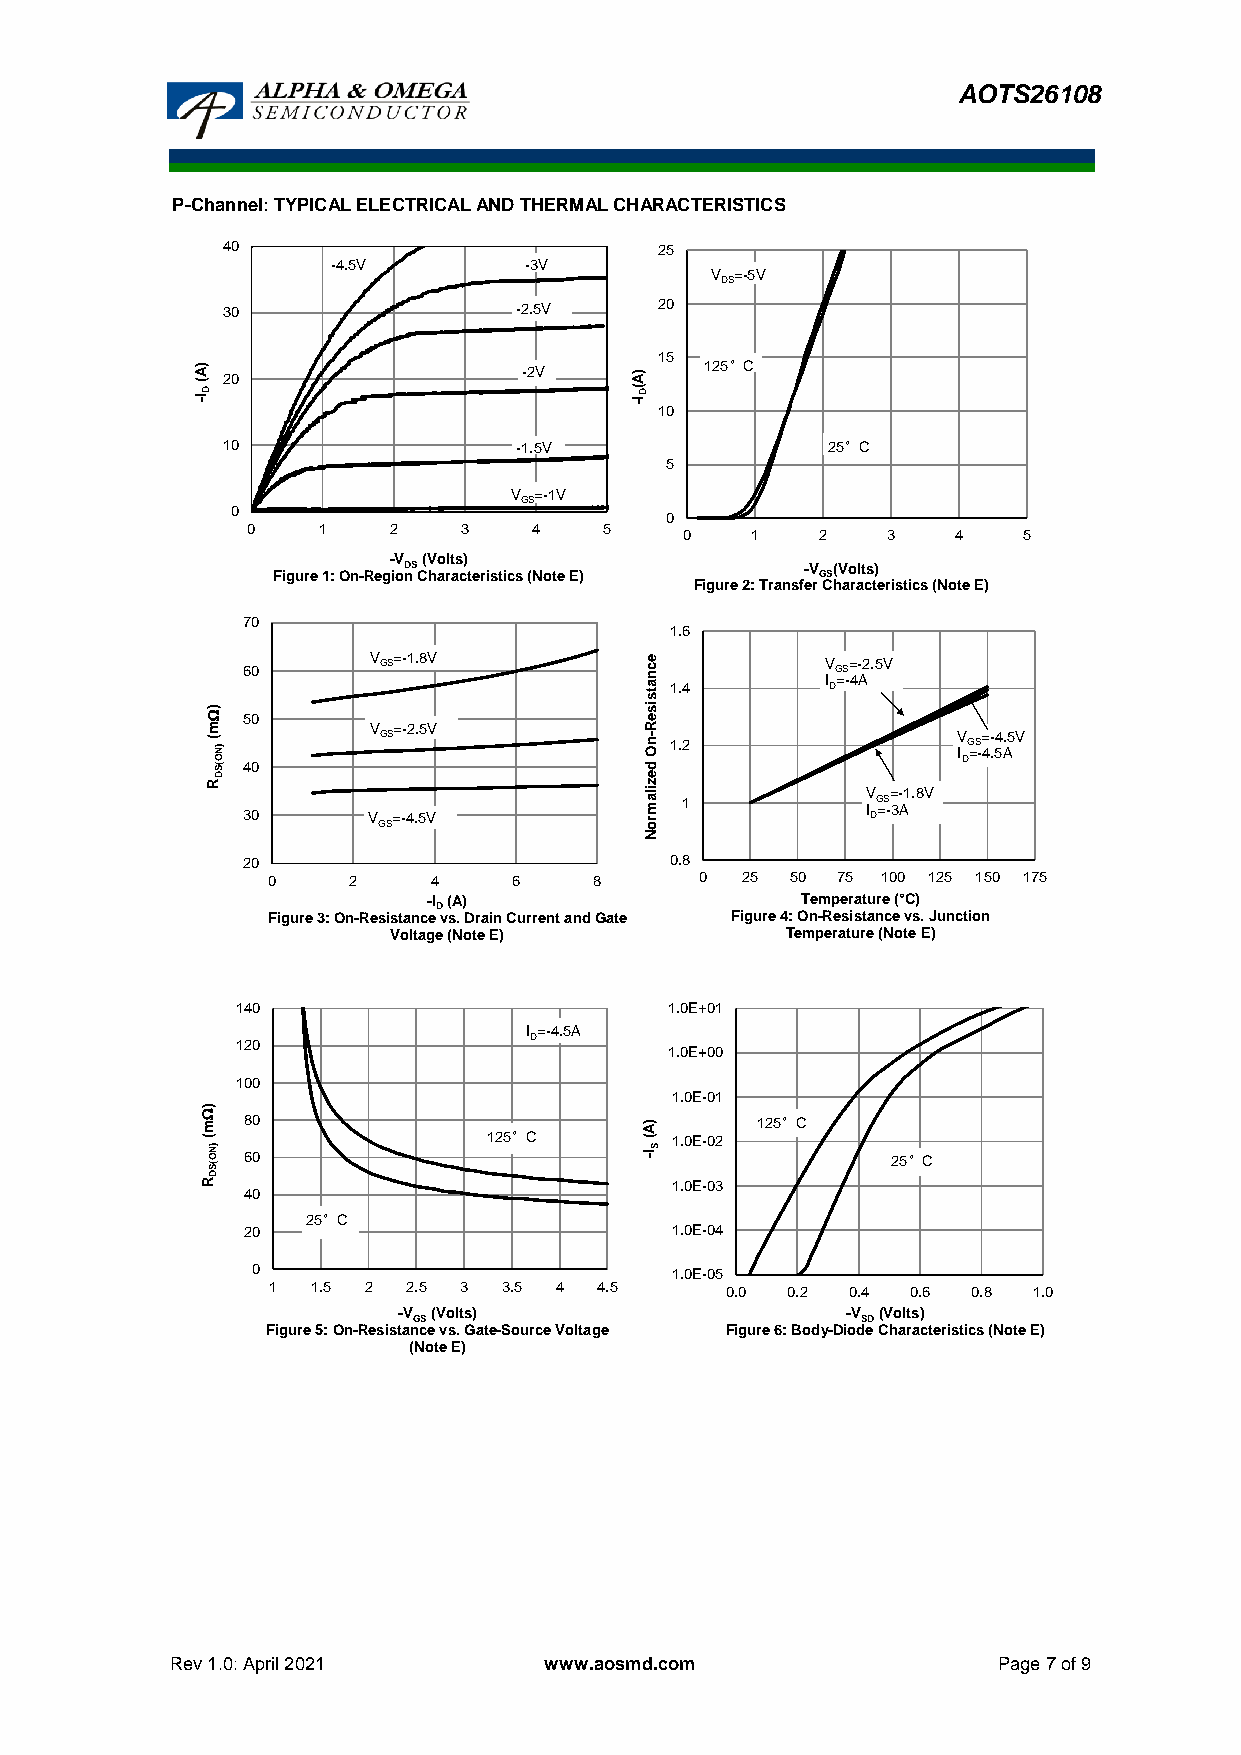
AOTS26108
 P-Channel: TYPICAL ELECTRICAL AND THERMAL CHARACTERISTICS
 40                           25
 -4.5V        -3V
 V =-5V
 DS
 30                 -2.5V     20
 15
 )A -(
 I D
 20                  -2V    )A
 -( I D
 10
 125°C
 10                 -1.5V                25°C
 5
 V =-1V
 GS
 0
 0
 0    1    2    3   4    5
 0    1   2    3   4    5
 -V (Volts)
 DS                        -V (Volts)
 Figure 1: On-Region Characteristics (Note E) GS
 Figure 2: Transfer Characteristics (Note E)
 70
 1.6
 60      V GS=-1.8V         e c n a ts 1.4 V I DG =S -= 4- A2 .5V 30
 ) W 50                       is e
 m         V =-2.5V           R                     15
 ( )N       GS                n O- 1.2            V IG =S -= 45- .54 A.5 V
 O (S D 40                    d e                  D 2
 R                            z
 30      V GS=-4.5V         ila m ro 1    V I DG =S -= 3- A1 .8V 10
 N
 20                          0.8
 0    2    4     6    8      0  25 50 75 100 125 150 175
 -I (A)                   Temperature (°C)
 D                                   0
 Figure 3: On-Resistance vs. Drain Current and Gate Figure 4: On-Resistance vs. Junction
 Voltage (Note E)          Temperature (Note E) 18
 140                         1.0E+01
 I =-4.5A
 D
 120
 1.0E+00
 40
 100
 1.0E-01
 m () W
 )N
 O
 (S
 680
 0
 125°C
 )A
 -(
 I
 S
 1.0E-02
 125°C
 25°C
 D
 R                              1.0E-03
 40
 25°C
 20                          1.0E-04
 0                          1.0E-05
 1  1.5 2 2.5 3 3.5 4  4.5     0.0 0.2 0.4 0.6 0.8 1.0
 -V (Volts)                    -V (Volts)
 GS                            SD
 Figure 5: On-Resistance vs. Gate-Source Voltage Figure 6: Body-Diode Characteristics (Note E)
 (Note E)
 Rev 1.0: April 2021      www.aosmd.com                 Page 7 of 9